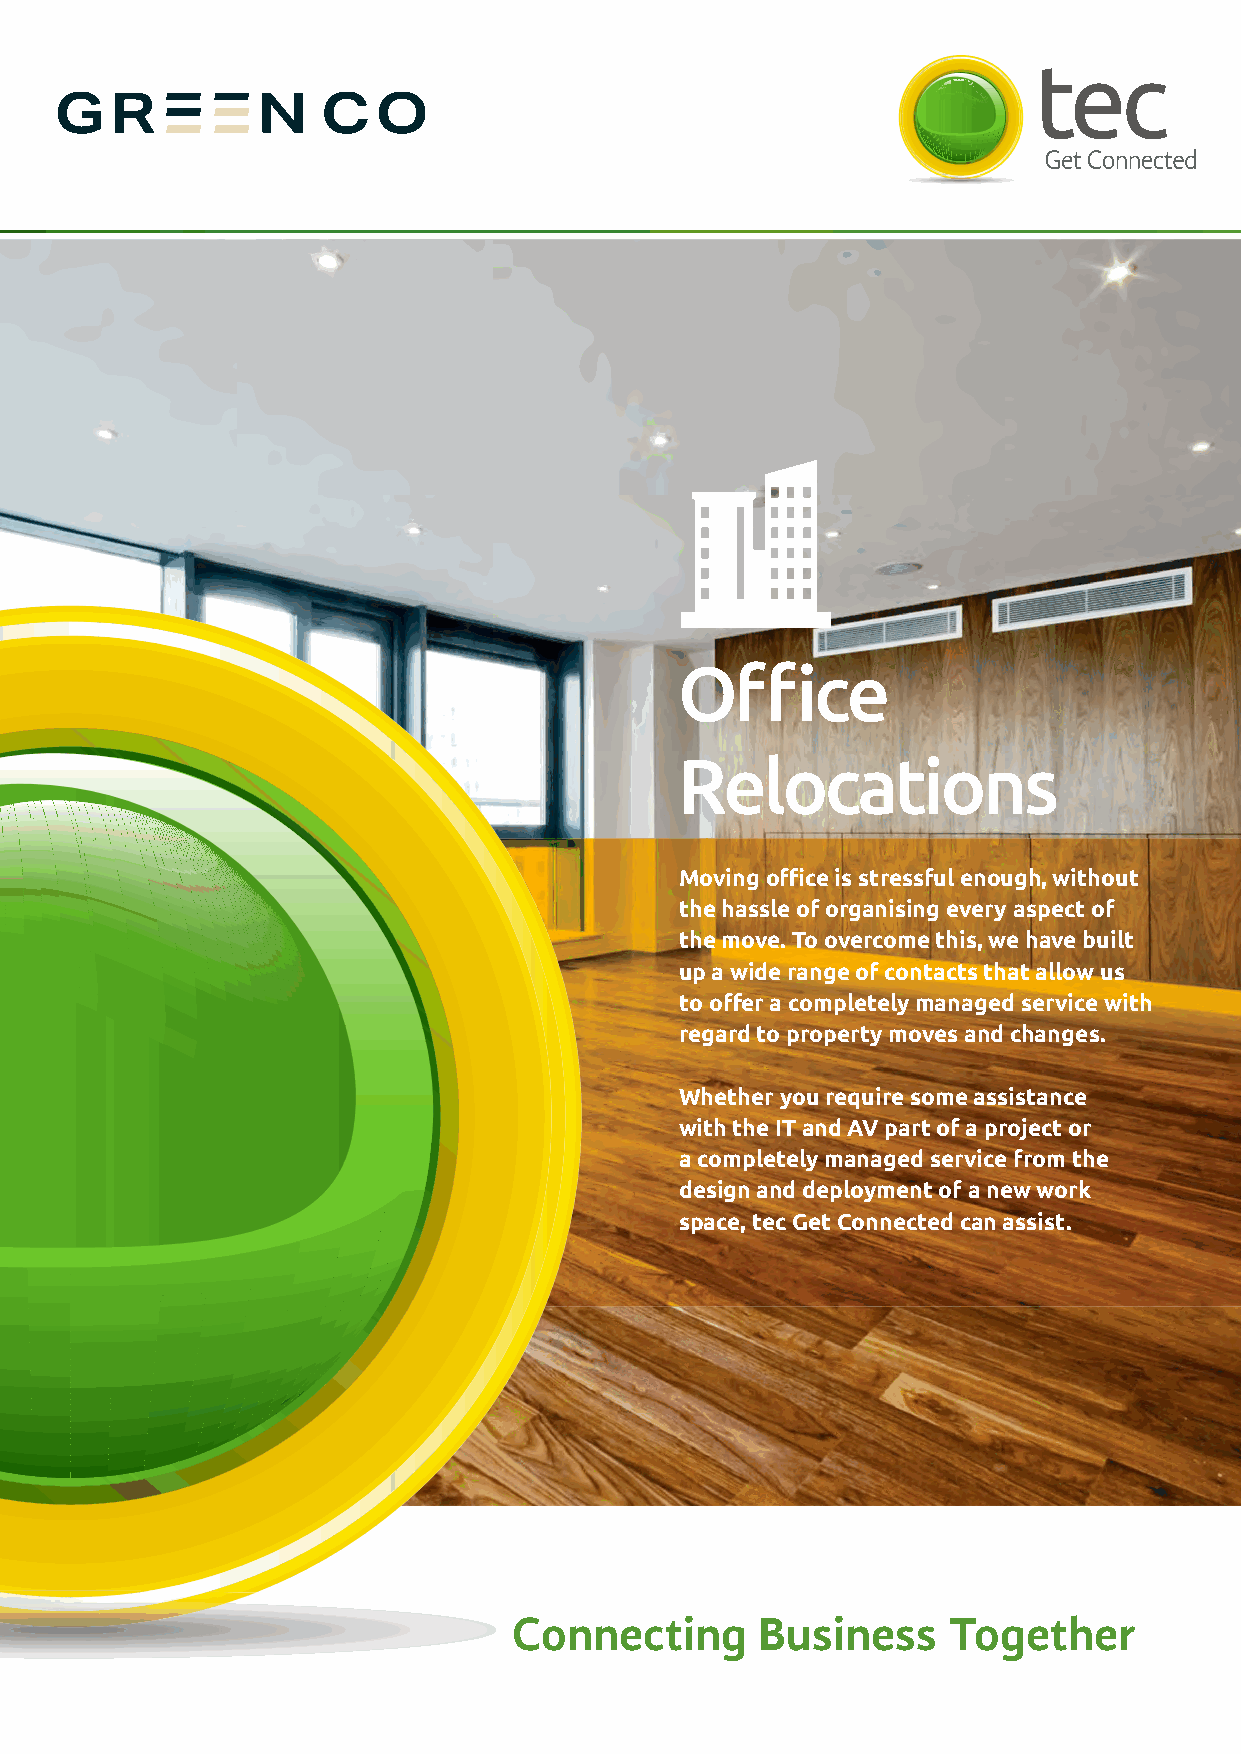
Offi     ce
 Relocations
 Moving offi ce is stressful enough, without
 the hassle of organising every aspect of
 the move. To overcome this, we have built
 up a wide range of contacts that allow us
 to off er a completely managed service with
 regard to property moves and changes.
 Whether you require some assistance
 with the IT and AV part of a project or
 a completely managed service from the
 design and deployment of a new work
 space, tec Get Connected can assist.
 Connecting      Business     Together